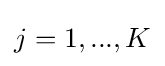
j=1,...,K